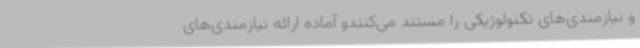
و نیازمندی‌های تکنولوژیکی را مستند می‌کنندو آماده ارائه نیازمندی‌های